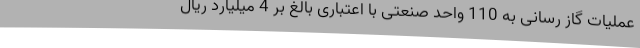
عملیات گاز رسانی به 110 واحد صنعتی با اعتباری بالغ بر 4 میلیارد ریال